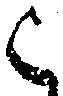
被